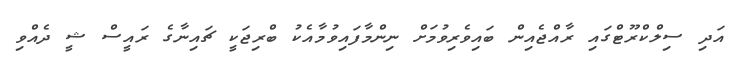
އަދި ސިލްކްރޫޓްގައި ރާއްޖެއިން ބައިވެރިވުމަށް ނިންމާފައިވުމާއެކު ބްރިޖަކީ ޗައިނާގެ ރައީސް ޝީ ދެއްވި